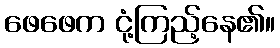
ဖေဖေက ငုံ့ကြည့်နေ၏။